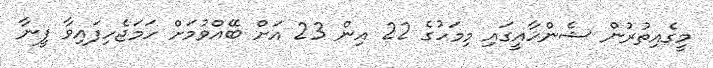
މީގެއިތުރުން ޝެންހާއީގައި މިމަހުގެ 22 އިން 23 އަށް ބޭއްވުމަށް ހަމަޖެހިފައިވާ ފީނާ